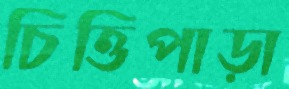
চিত্তিপাড়া